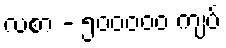
လစာ - ၅၀၀၀၀၀ ကျပ်